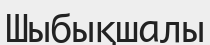
Шыбықшалы